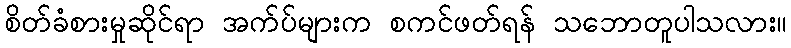
စိတ်ခံစားမှုဆိုင်ရာ အက်ပ်များက စကင်ဖတ်ရန် သဘောတူပါသလား။